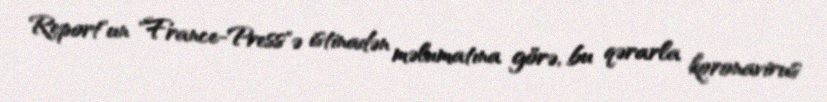
Report"un "France-Press"ə istinadən məlumatına görə, bu qərarla koronavirus